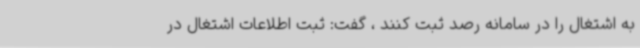
به اشتغال را در سامانه رصد ثبت کنند ، گفت: ثبت اطلاعات اشتغال در